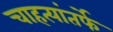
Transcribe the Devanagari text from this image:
चाहत्यांतर्फे